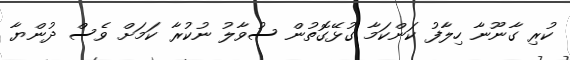
ކުރި ގާނޫނާ ހިލާފު ކަންކަމާ ގުޅޭގޮތުން ސުވާލު ނުކުރާ ކަމަށް ވެސް ދުންޔާ